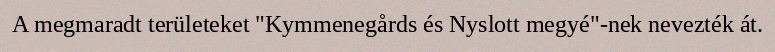
A megmaradt területeket "Kymmenegårds és Nyslott megyé"-nek nevezték át.